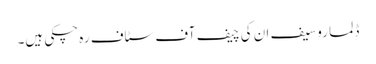
ڈِلما روسیف ان کی چیف آف سٹاف رہ چکی ہیں۔